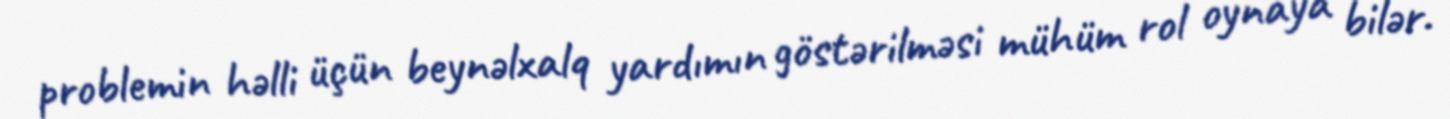
problemin həlli üçün beynəlxalq yardımın göstərilməsi mühüm rol oynaya bilər.